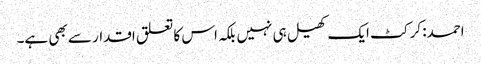
احمد: کرکٹ ایک کھیل ہی نہیں بلکہ اس کا تعلق اقدار سے بھی ہے۔